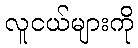
လူငယ်များကို